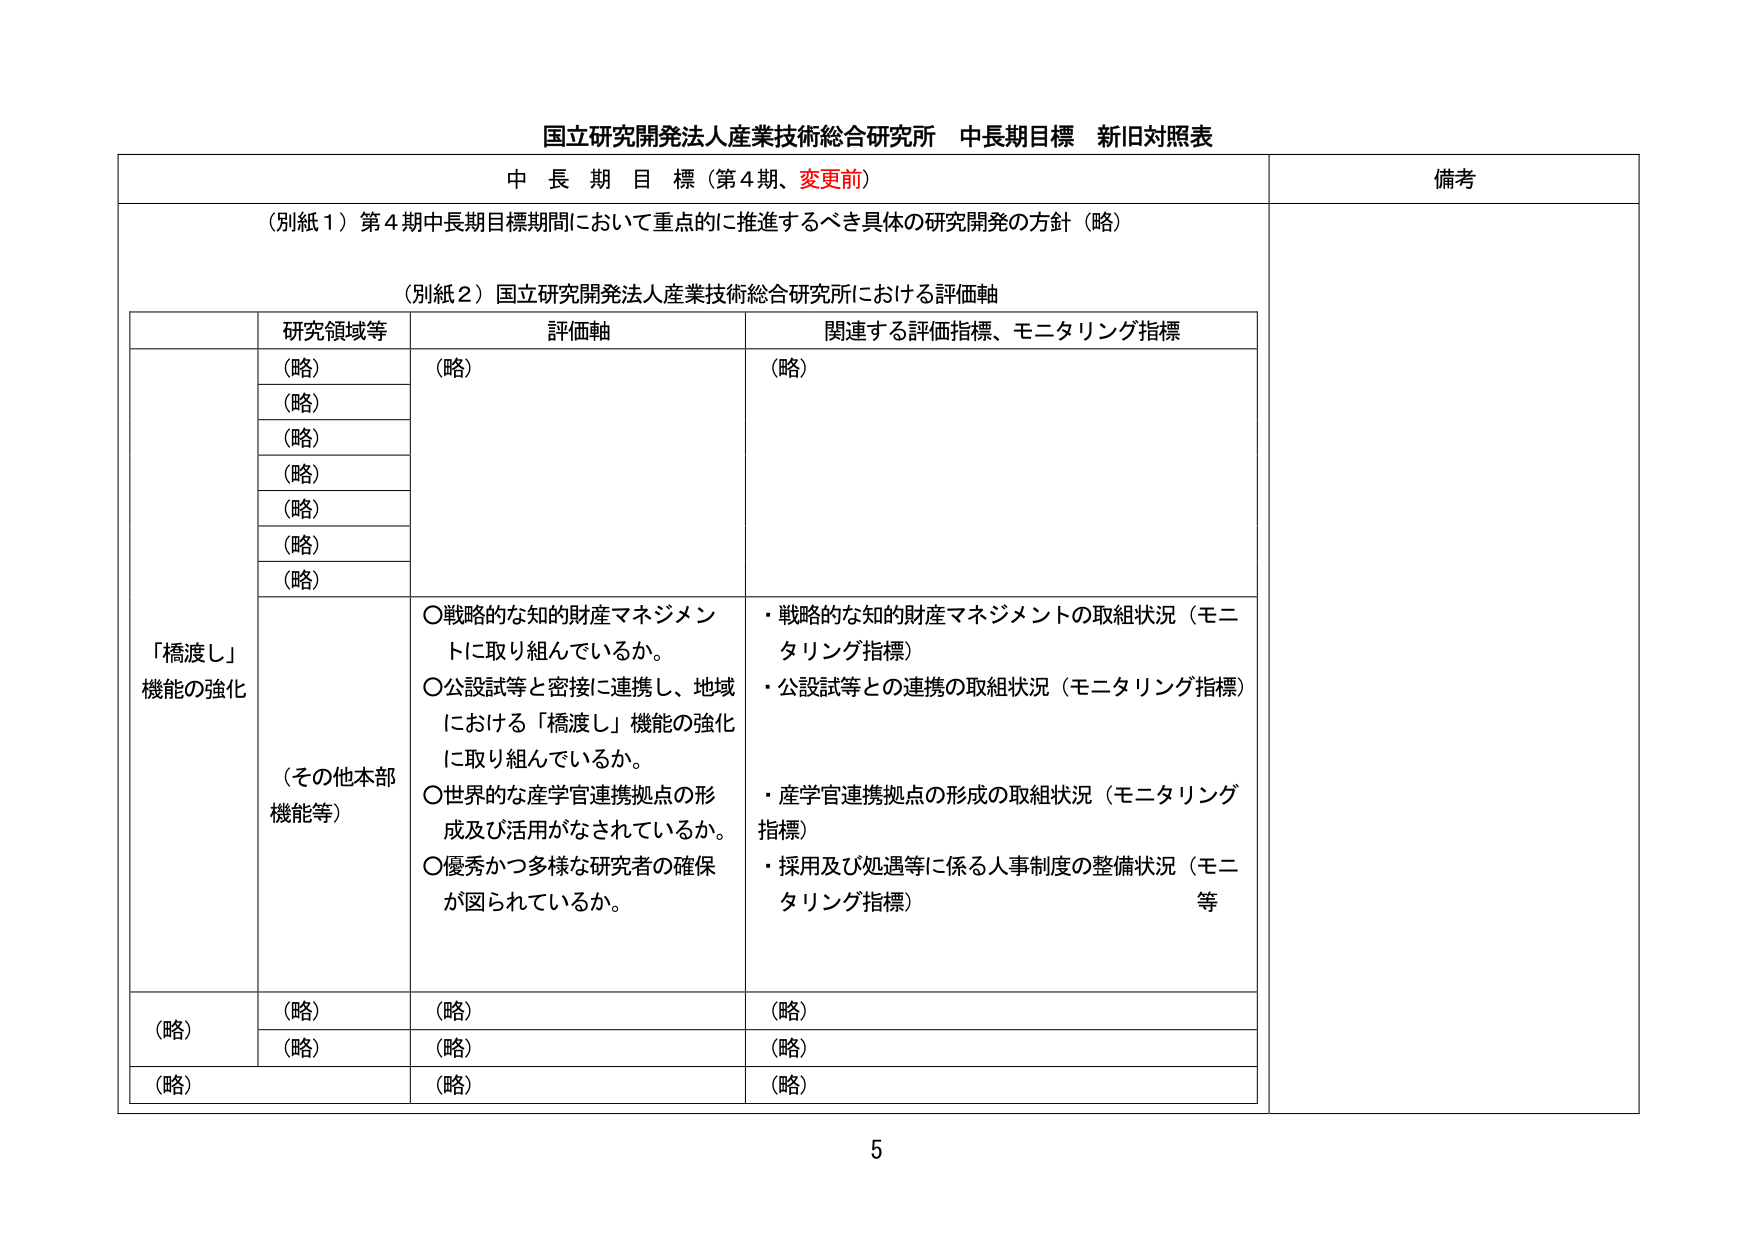
国立研究開発法人産業技術総合研究所 中長期目標 新旧対照表

中 長 期 目 標（第4期、変更前）

（別紙1）第4期中長期目標期間において重点的に推進するべき具体的研究開発の方針（略）

（別紙2）国立研究開発法人産業技術総合研究所における評価軸

研究領域等 評価軸 関連する評価指標、モニタリング指標

（略） （略） （略）
（略）
（略）
（略）
（略）
（略）
（略）

「橋渡し」
機能の強化

（その他本部
機能等）

〇戦略的な知的財産マネジメントに取り組んでいるか。
〇公設試等と密接に連携し、地域における「橋渡し」機能の強化に取り組んでいるか。
〇世界的な産学官連携拠点の形成及び活用がなされているか。
〇優秀かつ多様な研究者の確保が図られているか。

・戦略的な知的財産マネジメントの取組状況（モニタリング指標）
・公設試等との連携の取組状況（モニタリング指標）
・産学官連携拠点の形成の取組状況（モニタリング指標）
・採用及び処遇等に係る人事制度の整備状況（モニタリング指標）等

（略） （略） （略）
（略） （略） （略）
（略） （略） （略）

備考

5